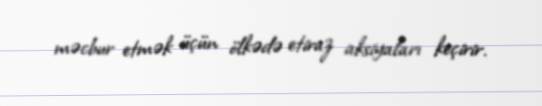
məcbur etmək üçün ölkədə etiraz aksiyaları keçirir.